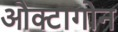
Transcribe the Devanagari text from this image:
औक्टागोन